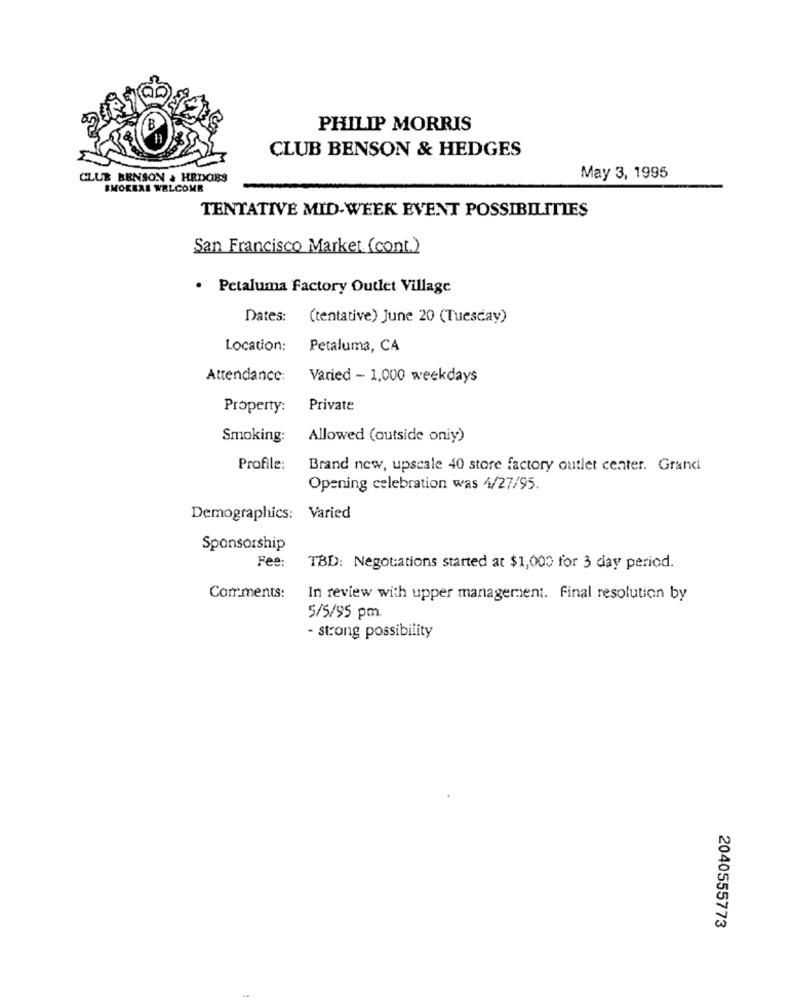
PHILIP MORRIS
CLUB BENSON & HEDGES
CLUB BENSON & HEDCIES
May 3, 1995
SMOKERE WELCOME
TENTATIVE MID-WEEK EVENT POSSIBILITIES
San Francisco Market (cont.)
· Petaluma Factory Outlet Village
Dates:
(tentative) June 20 (Tuesday)
Location:
Petaluma, CA
Attendance:
Varied - 1,000 weekdays
Property:
Private
Smoking:
Allowed (outside oniy)
Profile:
Brand new, upscale 40 store factory outlet center. Granci
Opening celebration was 4/27/95.
Demographics: Varied
Sponsorship
Fee:
TBD: Negotiations started at $1,000 for 3 day period.
Comments:
In review with upper management. Final resolution by
5/5/95 pm
- strong possibility
2040555773